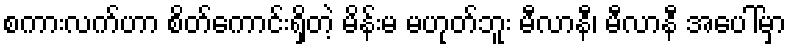
စကားလက်ဟာ စိတ်ကောင်းရှိတဲ့ မိန်းမ မဟုတ်ဘူး မီလာနီ၊ မီလာနီ အပေါ်မှာ